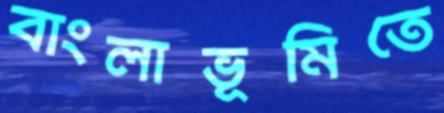
বাংলাভূমিতে